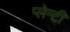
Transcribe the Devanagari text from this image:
प्लेन्टी